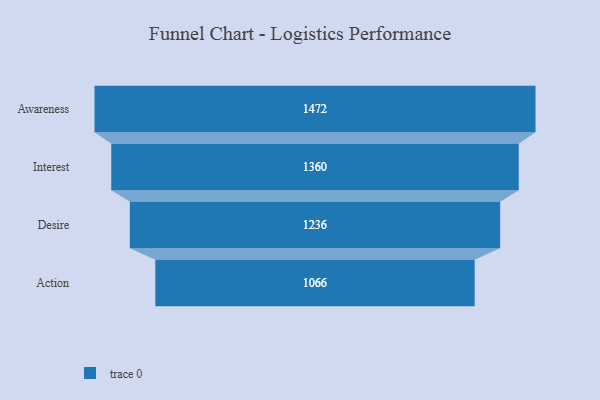
{"axis": {"x": "Stage", "y": "Value"}, "legend": [""], "data": [{"x": "Awareness", "y": 1472.0, "type": ""}, {"x": "Interest", "y": 1360.0, "type": ""}, {"x": "Desire", "y": 1236.0, "type": ""}, {"x": "Action", "y": 1066.0, "type": ""}]}